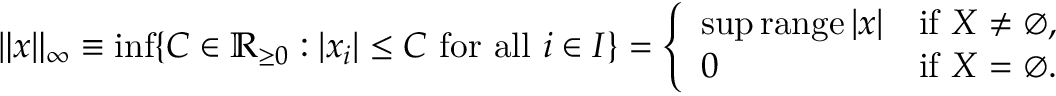
\| x \| _ { \infty } \equiv \operatorname* { i n f } \{ C \in \mathbb { R } _ { \geq 0 } : | x _ { i } | \leq C { \mathrm { ~ f o r ~ a l l ~ } } i \in I \} = { \left\{ \begin{array} { l l } { \operatorname* { s u p } \operatorname { r a n g e } | x | } & { { \mathrm { i f ~ } } X \neq \varnothing , } \\ { 0 } & { { \mathrm { i f ~ } } X = \varnothing . } \end{array} \right. }